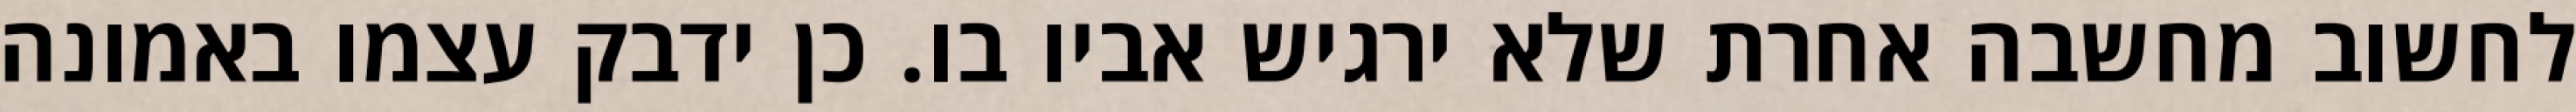
לחשוב מחשבה אחרת שלא ירגיש אביו בו. כן ידבק עצמו באמונה